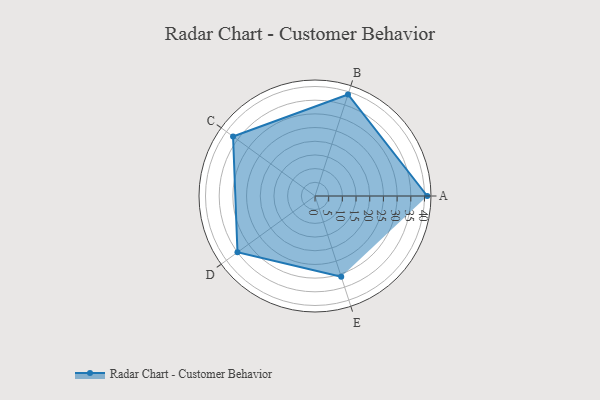
{"axis": {"x": "Skill", "y": "Score"}, "legend": ["Profile"], "data": [{"x": "A", "y": 41.0, "type": "Profile"}, {"x": "B", "y": 39.0, "type": "Profile"}, {"x": "C", "y": 37.0, "type": "Profile"}, {"x": "D", "y": 35.0, "type": "Profile"}, {"x": "E", "y": 31.0, "type": "Profile"}]}